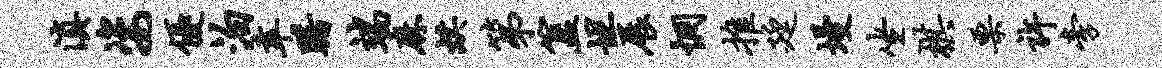
滇姿优泊幸躇端麻烘第簋坦展惘推廷墁坐棋栗许旁